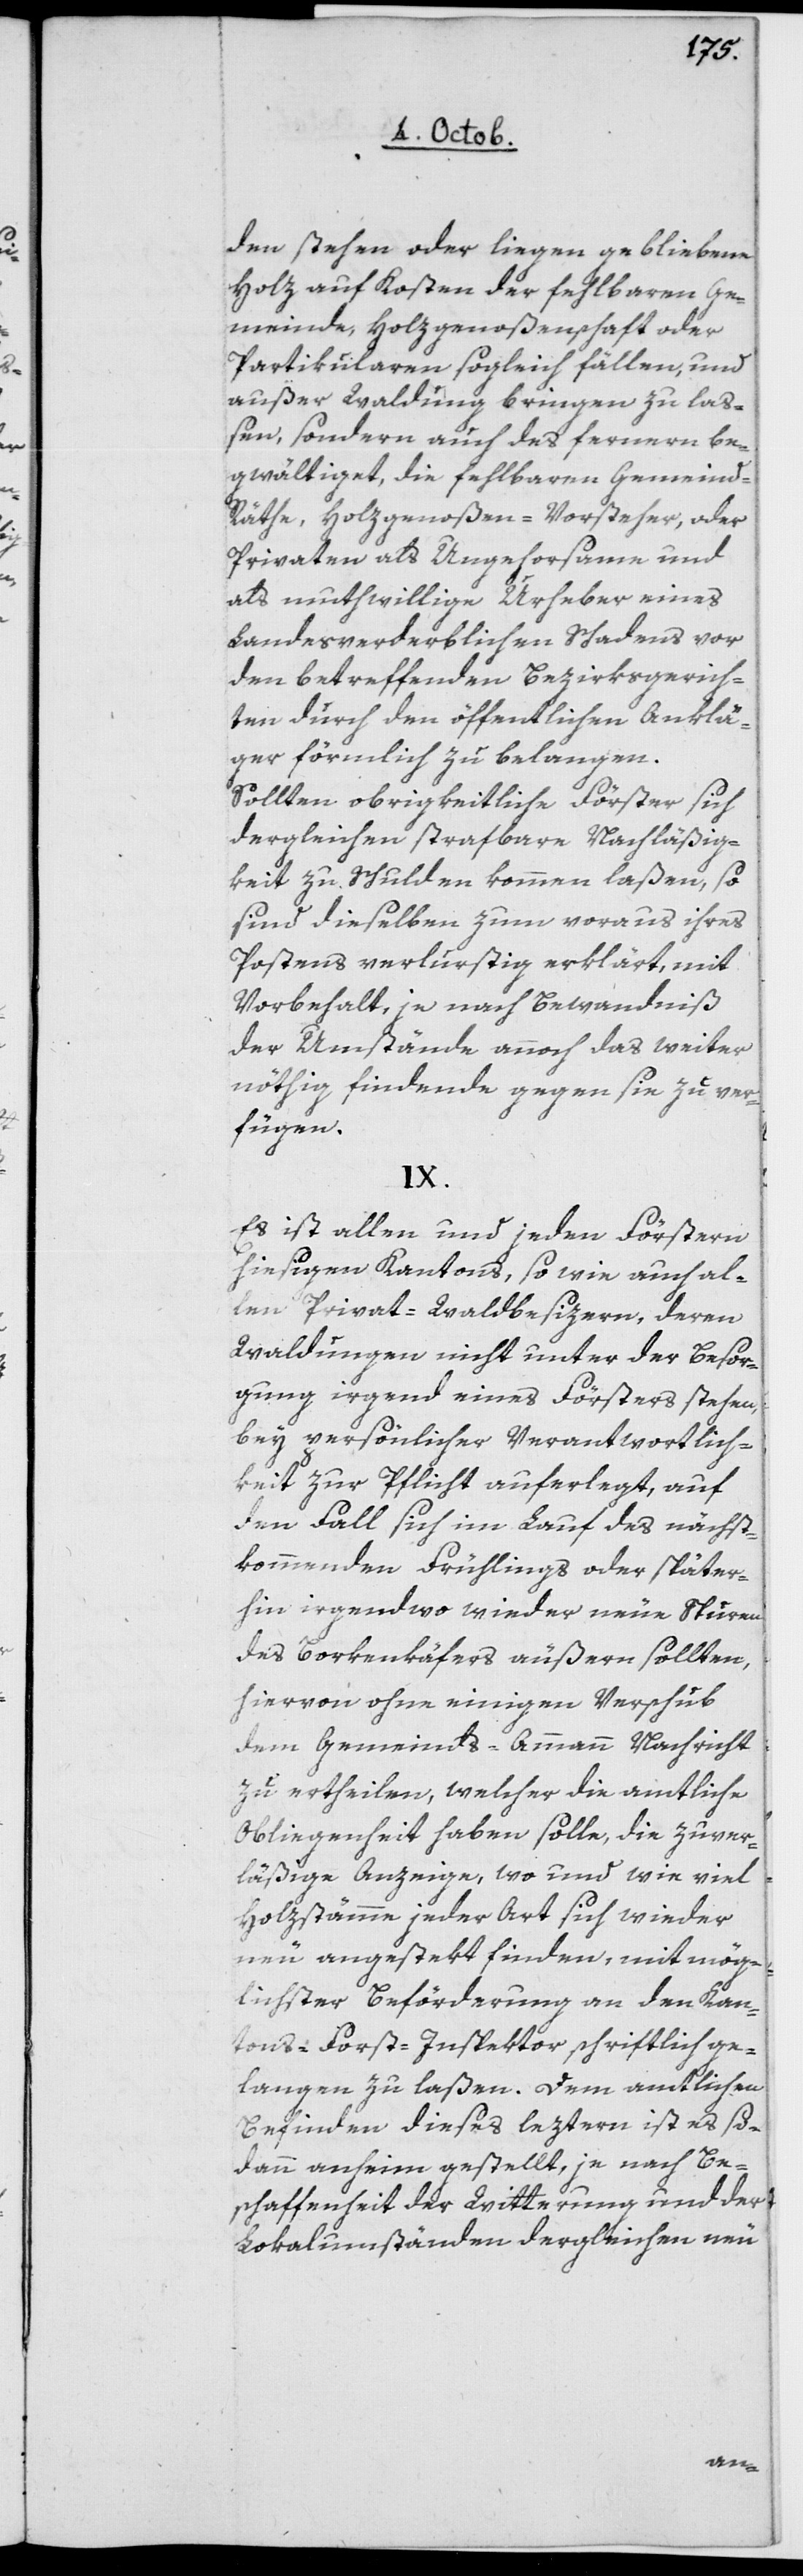
den stehen oder liegen gebliebene
Holz auf Kosten der fehlbaren Ge¬
meinde, Holzgenoßenschaft oder
Partikularen sogleich fällen, und
außer Waldung bringen zu laß¬
en, sondern auch des fernern be¬
gwältiget, die fehlbaren Gemeind-R¬
äthe, Holzgenoßen-Vorsteher, oder
Privaten als Ungehorsame und
als muthwillige Urheber eines
landesverderblichen Schadens vor
den betreffenden Bezirksgerich¬
ten durch den öffentlichen Anklä¬
ger förmlich zu belangen.
Sollten obrigkeitliche Förster sich
dergleichen strafbare Nachläßig¬
keit zu Schulden kommen laßen, so
sind dieselben zum Voraus ihres
Postens verlustig erklärt, mit
Vorbehalt, je nach Bewandtniß
der Umstände, annoch das weiter
nöthig findende gegen sie zu ver¬
fügen.
IX.
Es ist allen und p. xxx jeden Förstern
hiesigen Kantons, so wie auch al¬
len Privat-Waldbesizern, deren
Waldungen nicht unter der Besor¬
gung irgend eines Försters stehen,
bey persönlicher Verantwortlich¬
keit zur Pflicht auferlegt, auf
den Fall, sich im Lauf des nächst¬
kommenden Frühlings oder später¬
hin irgendwo wieder neue Spuren
des Borkenkäfers äußern sollten,
hiervon ohne einigen Verschub
dem Gemeinds-Ammann Nachricht
zu ertheilen, welcher die amtliche
Obliegenheit haben solle, die zuver¬
läßige Anzeige, wo und wie viel
Holzstämme jeder Art sich wieder
neu angestekt finden, mit mög¬
lichster Beförderung an den Kan¬
tons-Forst-Inspektor schriftlich ge¬
langen zu laßen. Dem amtlichen
Befinden dieses leztern ist es so¬
dann anheim gestellt, je nach Be¬
schaffenheit der Witterung und der
Lokalumständen dergleichen neu